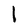
Character: l